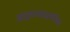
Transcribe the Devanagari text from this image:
हाइपरकाइनेसिया